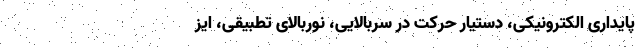
پایداری الکترونیکی، دستیار حرکت در سربالایی، نوربالای تطبیقی، ایز